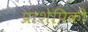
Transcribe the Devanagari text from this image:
प्राशेपिकी